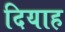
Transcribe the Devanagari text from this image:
दियाह